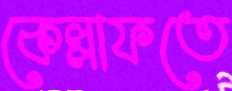
কেল্লাফতে